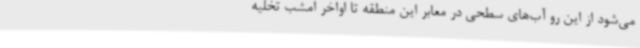
می‌شود از این رو آب‌های سطحی در معابر این منطقه تا اواخر امشب تخلیه